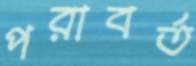
পরাবর্ত